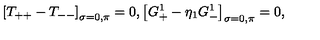
\left[ T _ { + + } - T _ { -- } \right] _ { \sigma = 0 , \pi } = 0 , \left[ G _ { + } ^ { 1 } - \eta _ { 1 } G _ { - } ^ { 1 } \right] _ { \sigma = 0 , \pi } = 0 ,